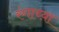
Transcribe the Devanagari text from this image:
रंगाच्य़ा